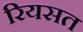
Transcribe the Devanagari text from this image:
रियसत